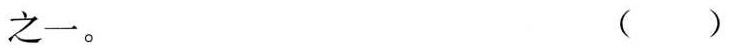
之一。( )